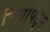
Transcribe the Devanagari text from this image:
नियोपेट्स